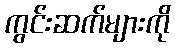
ကွင်းဆက်များကို